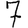
Digit: 7